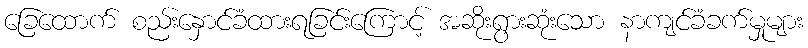
ခြေထောက် စည်းနှောင်ခံထားရခြင်းကြောင့် အဆိုးရွားဆုံးသော နာကျင်ခံခက်မှုများ